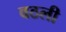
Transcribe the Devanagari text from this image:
वठली